Saare_Masina-traktorijaam, lk 5
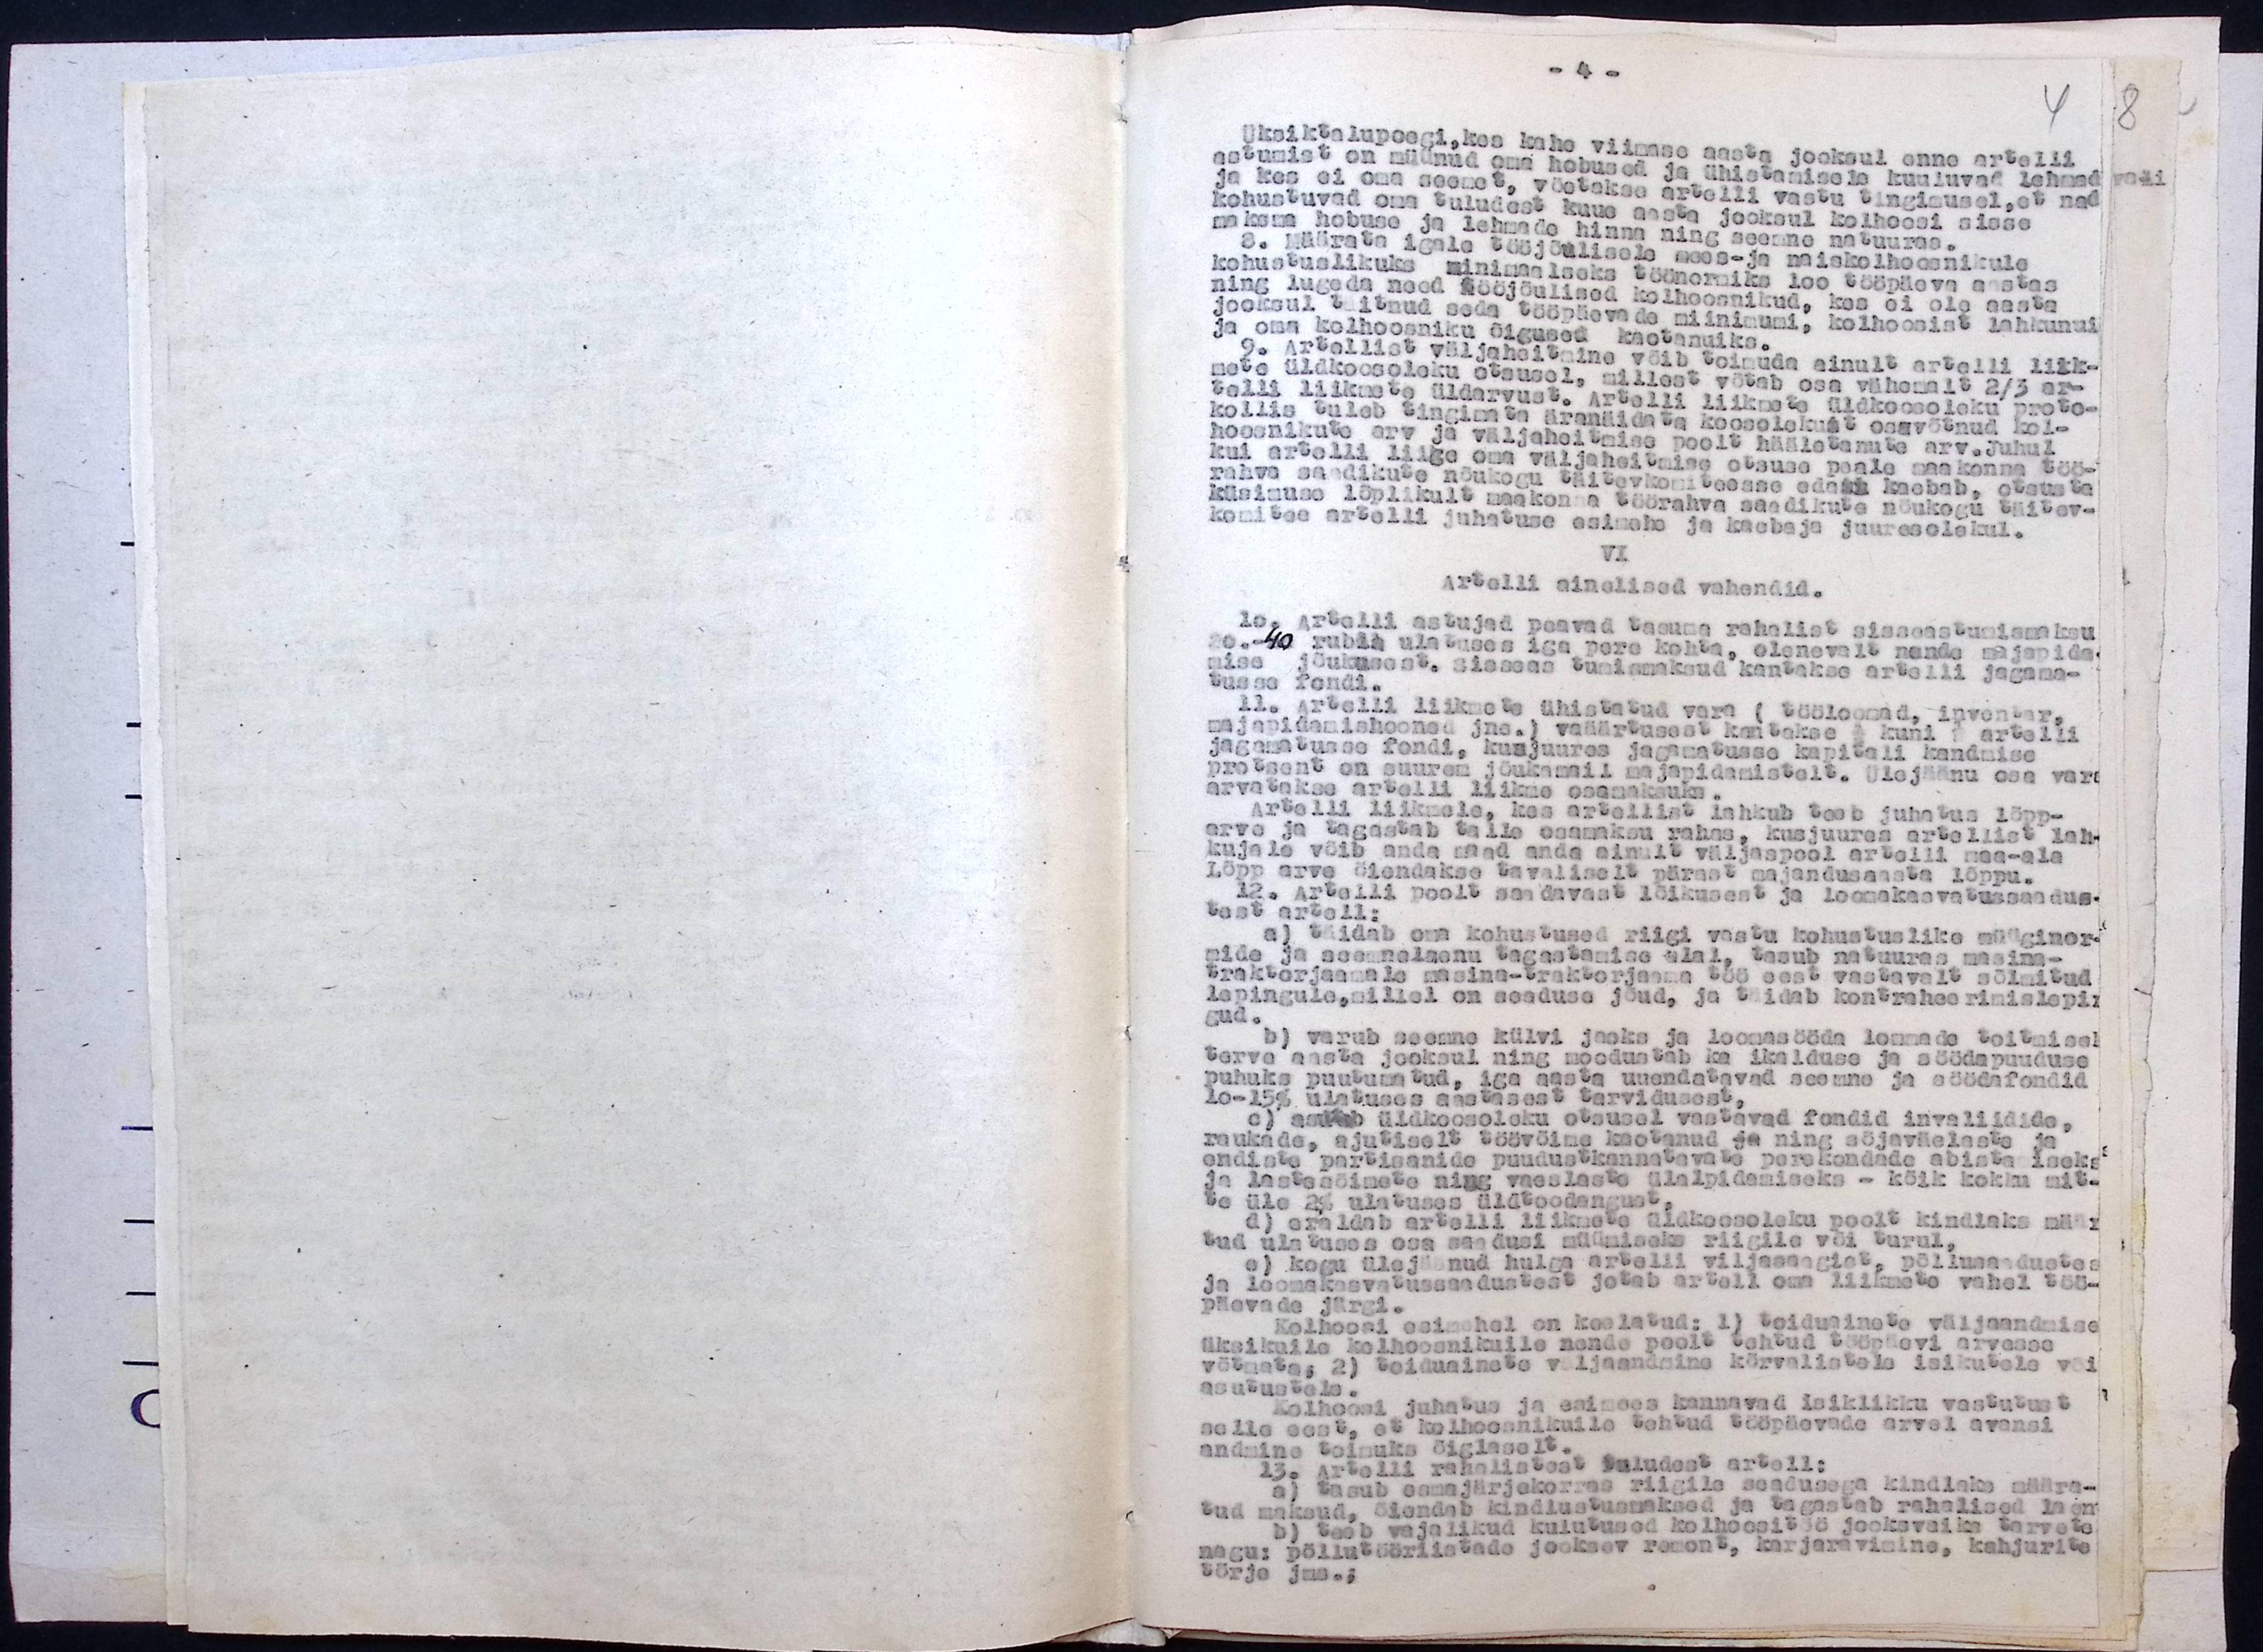
Üksiktalupoegi, kes kahe viimase aasta jooksul enne artelli
astumist on müünud oma hobused ja ühistamisele kuuluvad lehmad
ja kes ei oma seemet, võetakse artelli vastu tingimusel, et nad
kohustuvad oma tuludest kuue aasta jooksul kolhoosi sisse
maksma hobuse ja lehmade hinna ning seemne natuuras.
8. Määrata igale tööjõulisele mees- ja naiskolhoosnikule
kohustuslikuks minimaalseks töönormike 100 tööpäeva aastas
ning lugeda need tööjõulised kolhoosnikud, kes ei ole aasta
jooksul täitnud seda tööpäevade miinimumi, kolhoosist lahkunud
ja oma kolhoosniku õigused kaotanuiks.
9. Artellist väljaheitmine võib toimuda ainult artelli liik-
mete üldkoosoleku otsusel, millest võtab osa vähemalt 2/3 ar-
telli liikmete üldarvust. Artelli liikmete üldkoosoleku proto
kollis tuleb tingimata äranäidata koosolekust osavõtnud kol-
hoosnikute arv ja väljaheitmise poolt hääletanute arv. Juhul
kui artelli liige oma väljaheitmise otsuse peale osakonna töö-
rahva saadikute nõukogu täitevkomiteesse edasi kaebab, otsusta
küsimuse lõplikult maakonna töörahva saadikute nõukogu täitev-
komitee artelli juhatuse esimehe ja kaebaja juuresolekul.
VI
Artelli ainelised vahendid.
10. Artelli astujad peavad tasuma rahalist sisseastumismaksu
20.-40 rubla ulatuses iga pere kohta, olenevalt nende majapida-
mise jõukusest, sisseastumismaksud kantakse artelli jagama-
tusse fondi.
11. Artelli liikmete ühistatud vara (tööloomad, inventar,
majapidamishooned jne.) vaäärtusest kantakse ( kuni) artelli
jagamatusse fondi, kusjuures jagamatusse kapitali kandmise
protsent on suurem jõukamail majapidamistelt. Ülejäänu osa var-
arvatakse artelli liikme osamaksuks.
Artelli liikmele, kes artellist lahkub teeb juhatus lõpp-
arve ja tagastab talle osamaksu rahas, kusjuures artellist lah-
kujale võib anda maad anda ainult väljaspool artelli maa-ala
Lõpp arve õiendakse tavaliselt pärast majandusaasta lõppu.
12. Artelli poolt saadavast lõikusest ja loomakasvatussaadus-
test artell:
a) täidab oma kohustused riigi vastu kohastuslike müüginor-
mide ja seemnelaenu tagastamise alal, tasub natuuras masina-
traktorjaamale masina-traktorjaama töö eest vastavalt sõlmitud
lepingule, millel on seaduse jõud, ja täidab kontraheerimislepin-
gud.
b) varub seemne külvi jaoks ja loomasööda loomade toitmisel
terve aasta jooksul ning moodustab ka ikalduse ja söödapuuduse
puhuks puutumatud, iga aasta uuendatavad seemne ja söödafondid
10-15% ulatuses aastasest tarvidusest,
c) asub üldkoosoleku otsusel vastavad fondid invaliidide,
raukade, ajutiselt töövõime kaotanud ja ning sõjaväelaste ja
endiste partisanide puudustkannatavata perekondade abistamiseks
ja lastesõimete ning vaeslaste ülalpidamiseks - kõik kokku mit-
te üle 2% ulatuses üldtoodangust.
d) eraldab artelli liikmete üldkoosoleku poolt kindlaks määr-
tud ulatuses osa saadusi müümiseks riigile või turul,
e) kogu ülejäänud hulga artelli viljasaagist, põllmasaadustes
ja loomakasvatussaadustest jotab artell oma liikmete vahel töö-
päevade järgi.
Kolhoosi esimehel on keelatud: 1) toiduainete väljaandmise
üksikuile kolhoosnikuile nende poolt tehtud tööpäevi arvesse
võtmata: 2) toiduainete väljaandmine kõrvalistele isikutele või-
asutustele.
Kolhoosi juhatus ja esimees kannavad isiklikku vastutust
selle eest, et kolhoosnikuile tehtud tööpäevade arvel avansi
andmine toimuks õiglaselt.
13. Artelli rahalistest kuludest artell:
a) Tasub esmajärjekorras riigile seadusega kindlaks määra-
tud maksud, õiendab kindlustusmaksed ja tagastab rahalised laen
b) teeb vajalikud kulutused kolhoositöö ja jooksvaiks tarwete
nagu: põllutööriistade jooksev remont, karjaravimine, kahjurite
tõrje jms.;